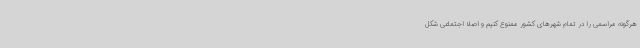
هرگونه مراسمی را در تمام شهرهای کشور ممنوع کنیم و اصلا اجتماعی شکل